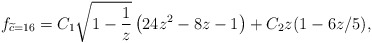
\begin{align*}f_{\widetilde c = 16} = C_1 \sqrt{1-\frac{1}{z}} \left( 24 z^2 - 8 z - 1\right)+ C_2 z (1-6 z/5),\end{align*}